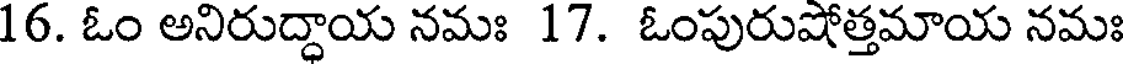
16. ఓం అనిరుద్ధాయ నమః 17. ఓంపురుషోత్తమాయ నమః